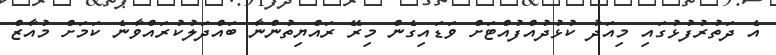
އެ ދަތުރުފުޅުގައި މިއަދު ކުޅުދުއްފުއްޓަށް ވަޑައިގެން މިރޭ ރައްޔިތުންނާ ބައްދަލުކުރައްވާނެ ކަމަށް މުއާޒް